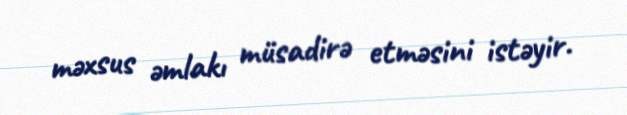
məxsus əmlakı müsadirə etməsini istəyir.